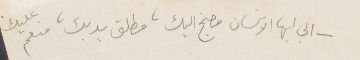
اني أيها الانسان مضنج اليك، مطلق يديك، منعم عليك